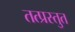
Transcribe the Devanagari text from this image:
तत्प्रस्तुत